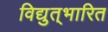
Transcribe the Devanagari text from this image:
विद्युत्‌भारित